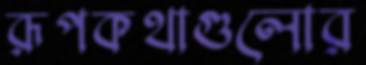
রূপকথাগুলোর